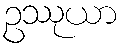
ဥဿုယာ